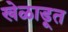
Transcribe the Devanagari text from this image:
खेळाडूत